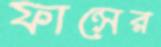
ফান্সের